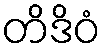
တိဒိဝံ